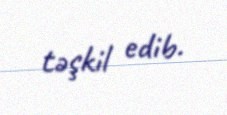
təşkil edib.